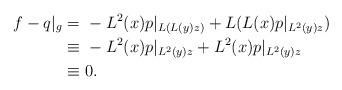
LaTeX: \begin{align*}f-q|_g =&\ - L^2(x) p|_{L(L(y)z)} + L(L(x) p|_{L^2(y)z}) \\\equiv&\ -L^2(x) p|_{L^2(y)z} + L^2(x) p|_{L^2(y)z} \\\equiv&\ 0.\end{align*}